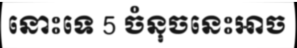
នោះទេ 5 ចំនុចនេះអាច